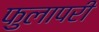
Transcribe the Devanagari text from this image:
फुलापरी